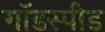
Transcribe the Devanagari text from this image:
गॉडस्पीड